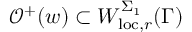
\mathcal { O } ^ { + } ( w ) \subset W _ { \mathrm { l o c } , r } ^ { \Sigma _ { 1 } } ( \Gamma )